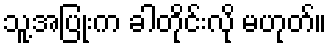
သူ့အပြုံးက ခါတိုင်းလို မဟုတ်။